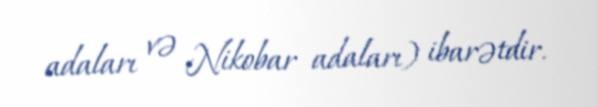
adaları və Nikobar adaları) ibarətdir.